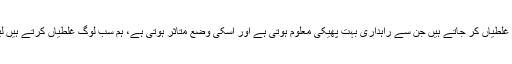
سجاوٹ کے اعتبار سے لوگ کچھ ایسی غلطیاں کر جاتے ہیں جن سے راہداری بہت پھیکی معلوم ہوتی ہے اور اسکی وضع متاثر ہوتی ہے، ہم سب لوگ غلطیاں کرتے ہیں لیکن انہیں ماننے میں ہماری بھلائی ہے۔